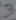
Text: 3